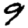
Digit: 9